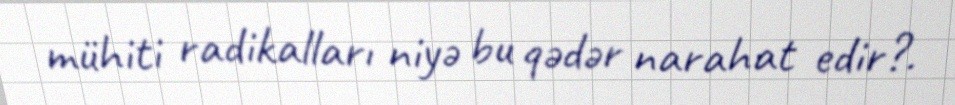
mühiti radikalları niyə bu qədər narahat edir?.